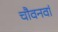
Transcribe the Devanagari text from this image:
चौवनवां